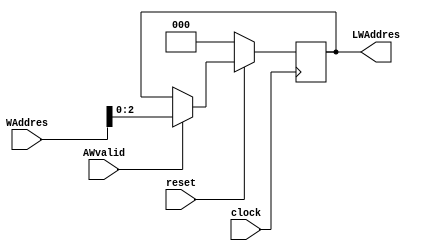
`timescale 1ns / 1ps
/////////////////////////////////////////////////////////////////////////////////
module latchW(
    input  clock,
    input  reset,
    input  AWvalid,
    input [31:0] WAddres,
    output reg [2:0] LWAddres
    );
	 
	 always @ ( posedge clock )
            if (!reset) begin
                LWAddres=3'b0;
			end else if (AWvalid) begin
				LWAddres=WAddres[2:0];
			end

endmodule